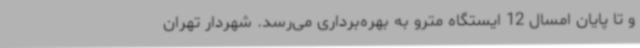
و تا پایان امسال 12 ایستگاه مترو به بهره‌برداری می‌رسد. شهردار تهران